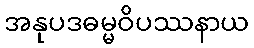
အနုပဒဓမ္မဝိပဿနာယ